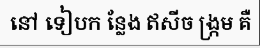
នៅ ទៀបក ន្លែង ឥសីច ង្ក្រម គឺ